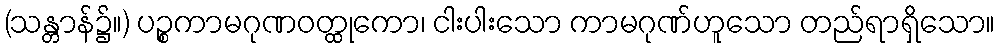
(သန္တာန်၌။) ပဉ္စကာမဂုဏဝတ္ထုကော၊ ငါးပါးသော ကာမဂုဏ်ဟူသော တည်ရာရှိသော။